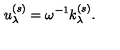
u _ { \lambda } ^ { ( s ) } = \omega ^ { - 1 } k _ { \lambda } ^ { ( s ) } .